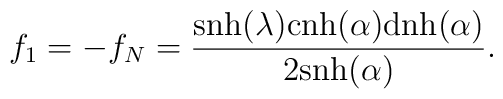
f_1 = -f_N =  \frac{\mbox{snh}(\lambda)\mbox{cnh}(\alpha)\mbox{dnh}(\alpha)}  {2\mbox{snh}(\alpha)}.